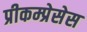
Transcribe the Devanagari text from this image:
प्रीकम्प्रेसेस